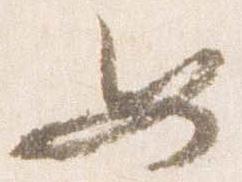
如